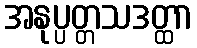
အနုပ္ပတ္တသဒတ္ထာ